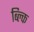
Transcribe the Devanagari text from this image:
ब्ल्कि